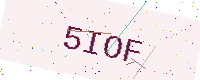
Text: 5IOF